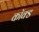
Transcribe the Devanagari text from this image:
कॉक्ड